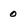
Character: O